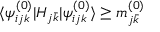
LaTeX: \langle \psi _ { i j k } ^ { ( 0 ) } | H _ { j \bar { k } } | \psi _ { i j k } ^ { ( 0 ) } \rangle \geq m _ { j \bar { k } } ^ { ( 0 ) }